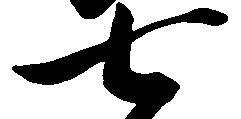
七